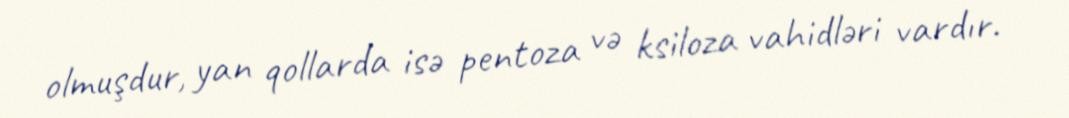
olmuşdur, yan qollarda isə pentoza və ksiloza vahidləri vardır.